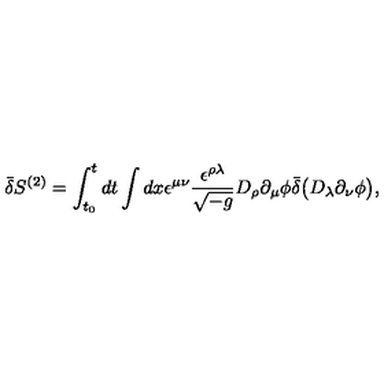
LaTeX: \bar { \delta } S ^ { ( 2 ) } = \int _ { t _ { 0 } } ^ { t } d t \int d x \epsilon ^ { \mu \nu } \frac { \epsilon ^ { \rho \lambda } } { \sqrt { - g } } D _ { \rho } \partial _ { \mu } \phi \bar { \delta } \bigl ( D _ { \lambda } \partial _ { \nu } \phi \bigr ) ,